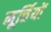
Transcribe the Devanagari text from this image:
मूर्त्तियों